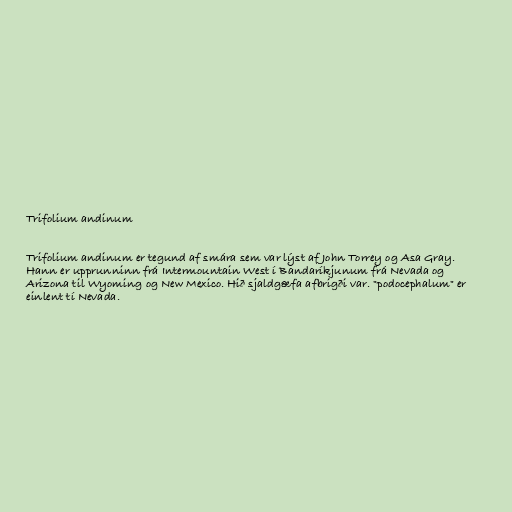
Trifolium andinum

Trifolium andinum er tegund af smára sem var lýst af John Torrey og Asa Gray.
Hann er upprunninn frá Intermountain West í Bandaríkjunum frá Nevada og
Arizona til Wyoming og New Mexico. Hið sjaldgæfa afbrigði var. "podocephalum" er
einlent tí Nevada.